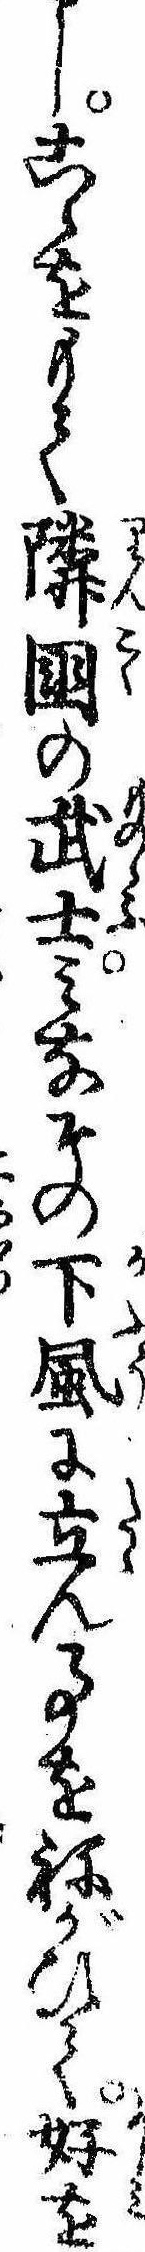
しこゝをもて隣国の武士みなその下風に立ん事をねがひて好を